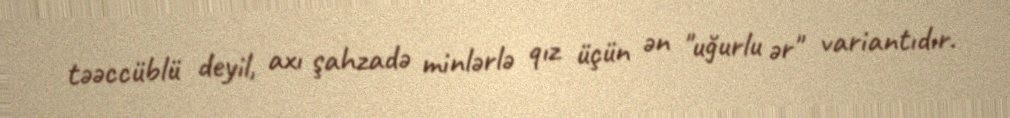
təəccüblü deyil, axı şahzadə minlərlə qız üçün ən "uğurlu ər" variantıdır.